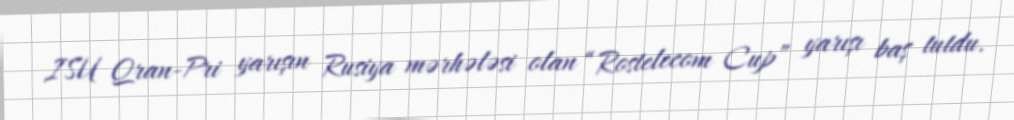
ISU Qran-Pri yarışın Rusiya mərhələsi olan “Rostelecom Cup” yarışı baş tutdu.